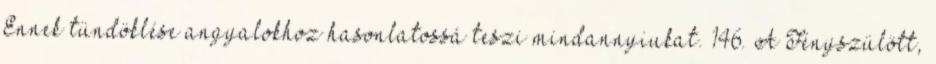
Ennek tündöklése angyalokhoz hasonlatossá teszi mindannyiukat. 146. A Fényszülött,